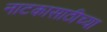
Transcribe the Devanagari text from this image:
नाटकासाठीच्या